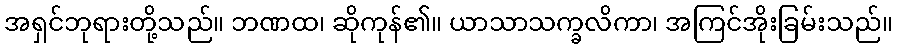
အရှင်ဘုရားတို့သည်။ ဘဏထ၊ ဆိုကုန်၏။ ယာသာသက္ခလိကာ၊ အကြင်အိုးခြမ်းသည်။